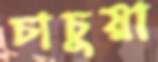
চাচুয়া